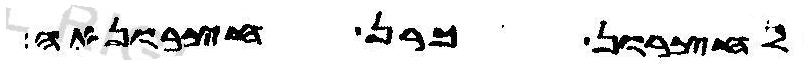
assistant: לחצרון כרן חצרונאה